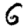
Digit: 6